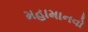
મહામાનવો